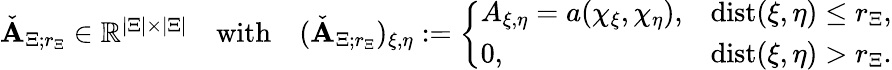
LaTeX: \begin{array}{r}{\check{\boldsymbol{\mathbf{A}}}_{\Xi;r_{\Xi}}\in\mathbb{R}^{|\Xi|\times|\Xi|}\quad\mathrm{with}\quad(\check{\boldsymbol{\mathbf{A}}}_{\Xi;r_{\Xi}})_{\xi,\eta}:=\left\{ \begin{array}{ll}{A_{\xi,\eta}=a(\chi_{\xi},\chi_{\eta}),}&{\mathrm{dist}(\xi,\eta)\le r_{\Xi},}\\ {0,}&{\mathrm{dist}(\xi,\eta)>r_{\Xi}.}\end{array}\right.}\end{array}